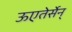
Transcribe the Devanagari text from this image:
ऊएतेर्सेन्